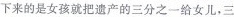
下来的是女孩就把遗产的三分之一给女儿，三